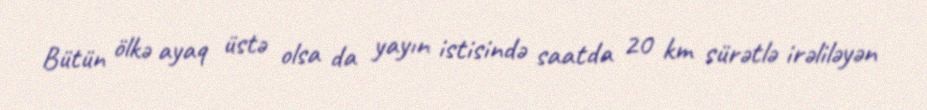
Bütün ölkə ayaq üstə olsa da yayın istisində saatda 20 km sürətlə irəliləyən